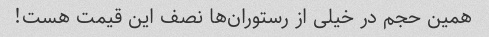
همین حجم در خیلی از رستوران‌ها نصف این قیمت هست!